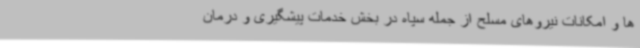
ها و امکانات نیروهای مسلح از جمله سپاه در بخش خدمات پیشگیری و درمان